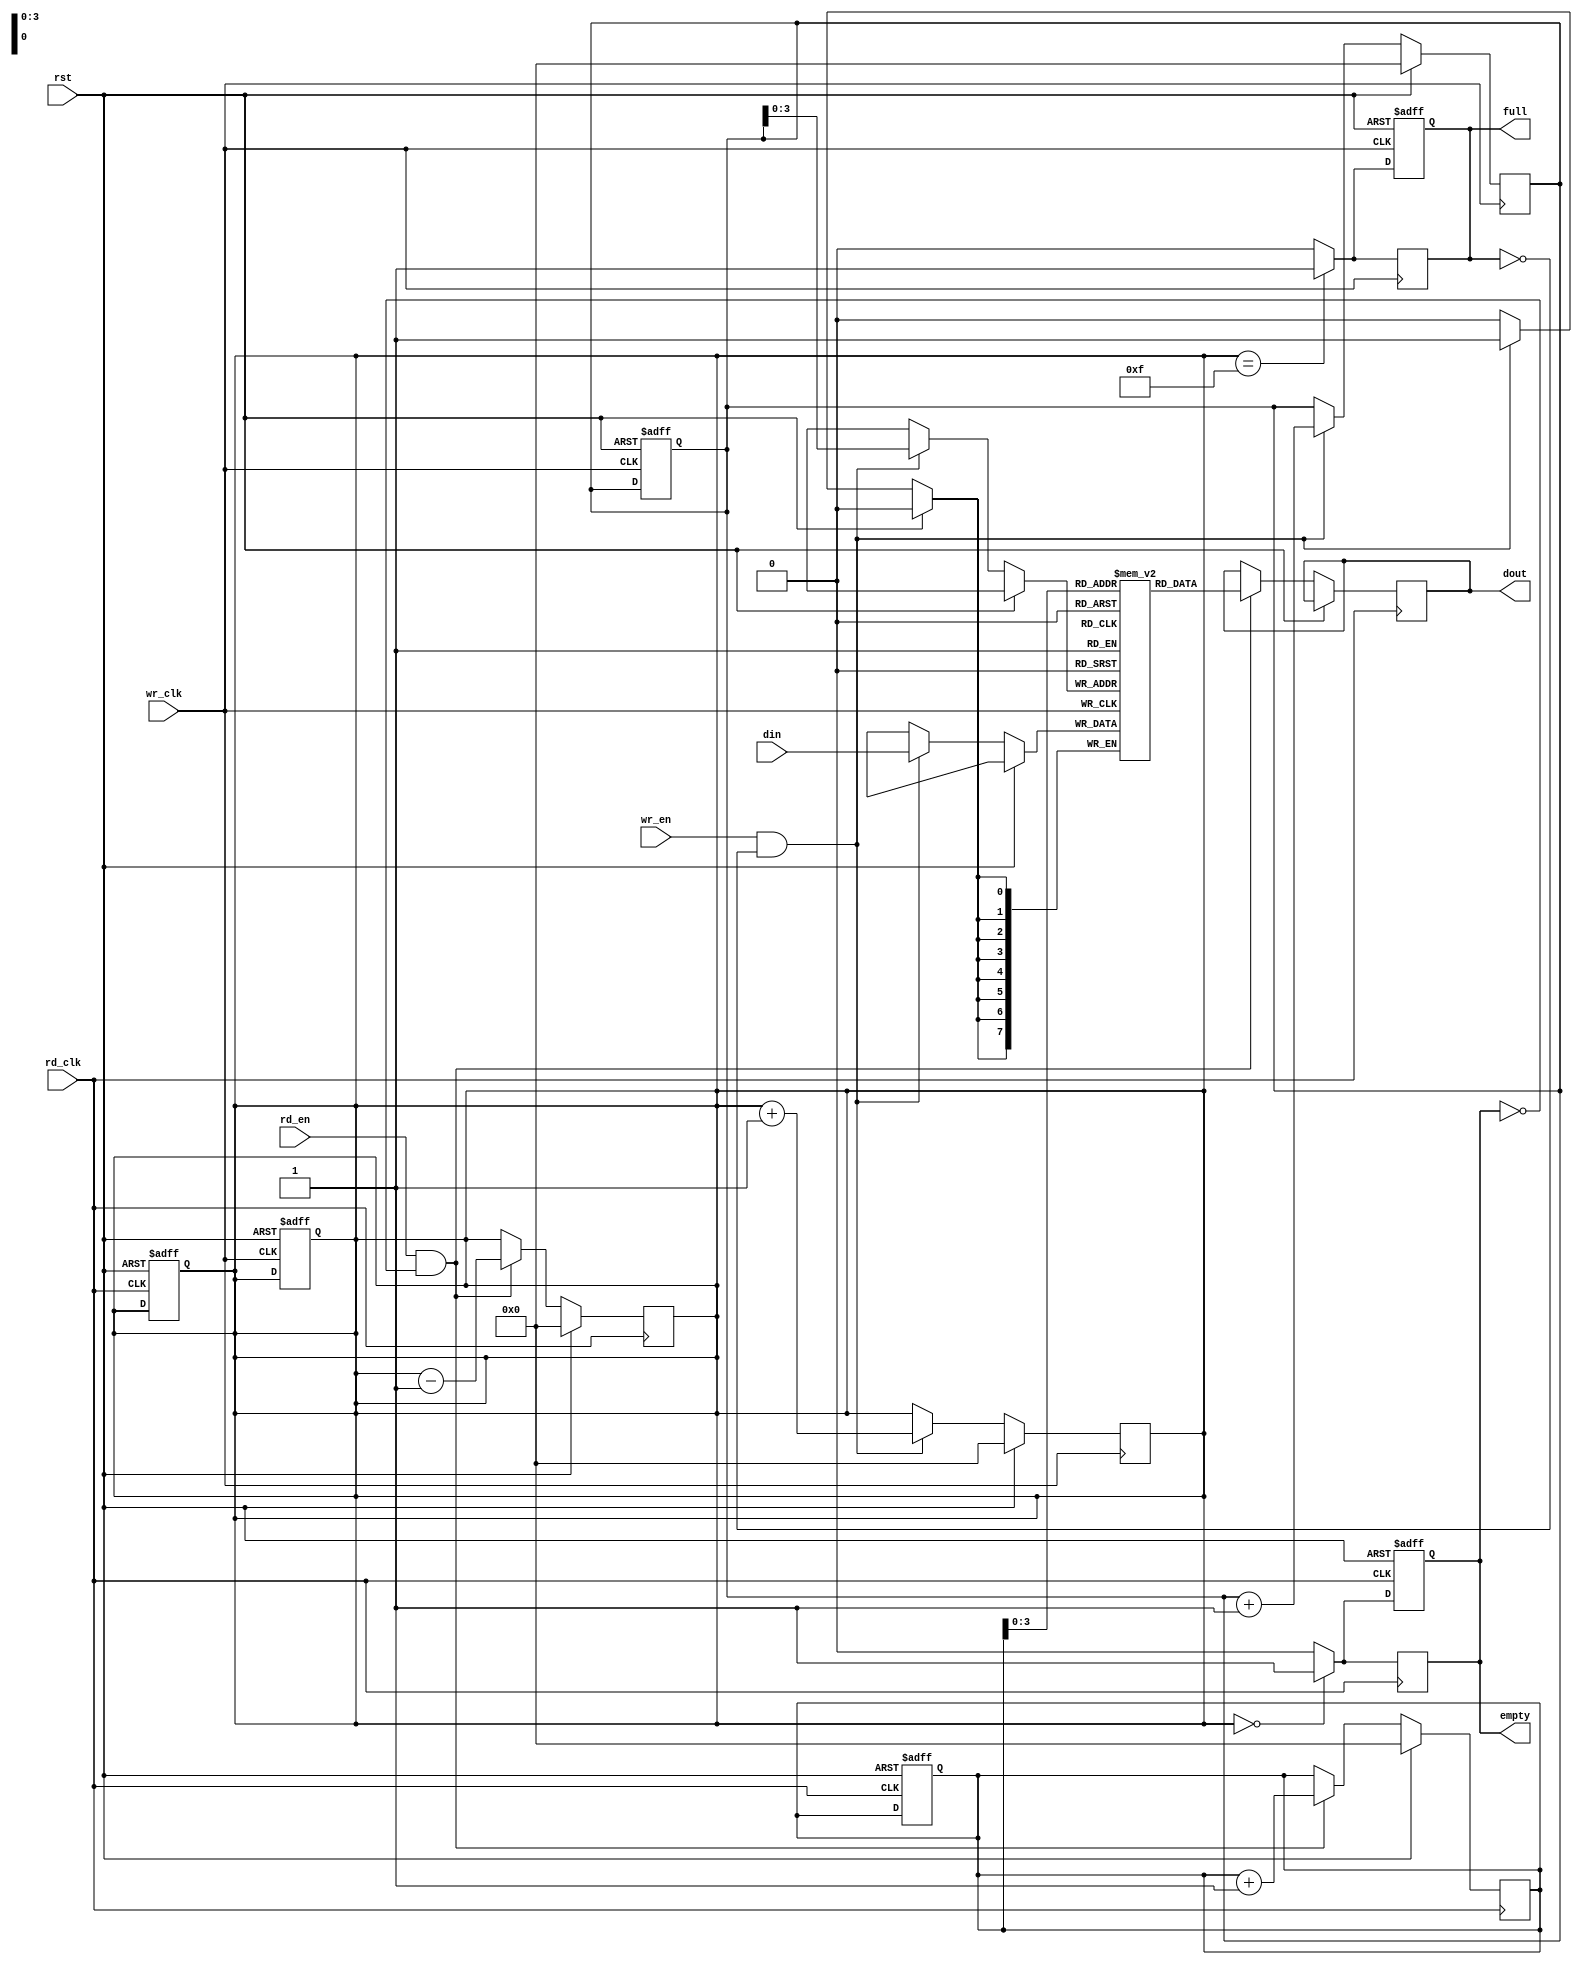
module dual_clock_fifo #(
    parameter DATA_WIDTH = 8,  // Width of the data
    parameter FIFO_DEPTH = 16   // Depth of the FIFO (must be a power of 2)
)(
    input wire wr_clk,           // Write clock
    input wire rd_clk,           // Read clock
    input wire rst,              // Synchronous reset
    input wire wr_en,            // Write enable
    input wire rd_en,            // Read enable
    input wire [DATA_WIDTH-1:0] din, // Data input
    output reg [DATA_WIDTH-1:0] dout, // Data output
    output reg full,             // FIFO full flag
    output reg empty             // FIFO empty flag
);

    // Internal signals
    reg [DATA_WIDTH-1:0] fifo_mem [0:FIFO_DEPTH-1]; // FIFO memory
    reg [4:0] wr_ptr;         // Write pointer
    reg [4:0] rd_ptr;         // Read pointer
    reg [4:0] count;          // Number of items in the FIFO

    // Write operation
    always @(posedge wr_clk) begin
        if (rst) begin
            wr_ptr <= 0;
            count <= 0;
            full <= 0;
        end else if (wr_en && !full) begin
            fifo_mem[wr_ptr] <= din; // Write data
            wr_ptr <= wr_ptr + 1;    // Increment write pointer
            count <= count + 1;      // Increment count
        end
        
        // Update full flag
        if (count == FIFO_DEPTH - 1) begin
            full <= 1;
        end else begin
            full <= 0;
        end
    end

    // Read operation
    always @(posedge rd_clk) begin
        if (rst) begin
            rd_ptr <= 0;
            count <= 0;
            empty <= 1;
        end else if (rd_en && !empty) begin
            dout <= fifo_mem[rd_ptr]; // Read data
            rd_ptr <= rd_ptr + 1;     // Increment read pointer
            count <= count - 1;       // Decrement count
        end
        
        // Update empty flag
        if (count == 0) begin
            empty <= 1;
        end else begin
            empty <= 0;
        end
    end

    // Synchronization of pointers and flags
    always @(posedge wr_clk or posedge rst) begin
        if (rst) begin
            wr_ptr <= 0;
            count <= 0;
            full <= 0;
        end else begin
            // Full flag logic
            if (count == FIFO_DEPTH - 1) begin
                full <= 1;
            end else begin
                full <= 0;
            end
        end
    end

    always @(posedge rd_clk or posedge rst) begin
        if (rst) begin
            rd_ptr <= 0;
            count <= 0;
            empty <= 1;
        end else begin
            // Empty flag logic
            if (count == 0) begin
                empty <= 1;
            end else begin
                empty <= 0;
            end
        end
    end

endmodule